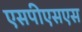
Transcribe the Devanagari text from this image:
एसपीएसएस